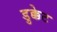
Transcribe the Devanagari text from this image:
डुक्केट